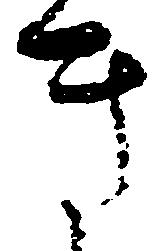
き